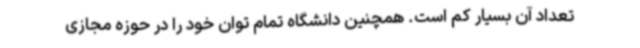
تعداد آن بسیار کم است. همچنین دانشگاه تمام توان خود را در حوزه مجازی